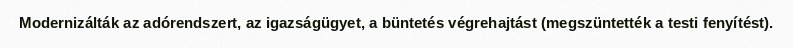
Modernizálták az adórendszert, az igazságügyet, a büntetés végrehajtást (megszüntették a testi fenyítést).